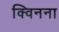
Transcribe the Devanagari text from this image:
क्विनना